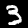
Label: 3